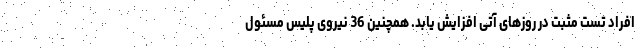
افراد تست مثبت در روزهای آتی افزایش یابد. همچنین 36 نیروی پلیس مسئول